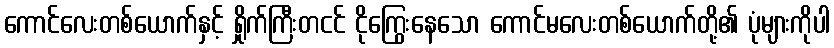
ကောင်လေးတစ်ယောက်နှင့် ရှိုက်ကြီးတငင် ငိုကြွေးနေသော ကောင်မလေးတစ်ယောက်တို့၏ ပုံများကိုပါ